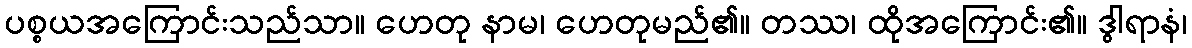
ပစ္စယအကြောင်းသည်သာ။ ဟေတု နာမ၊ ဟေတုမည်၏။ တဿ၊ ထိုအကြောင်း၏။ ဒွါရာနံ၊